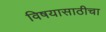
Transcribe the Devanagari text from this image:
विषयासाठीचा